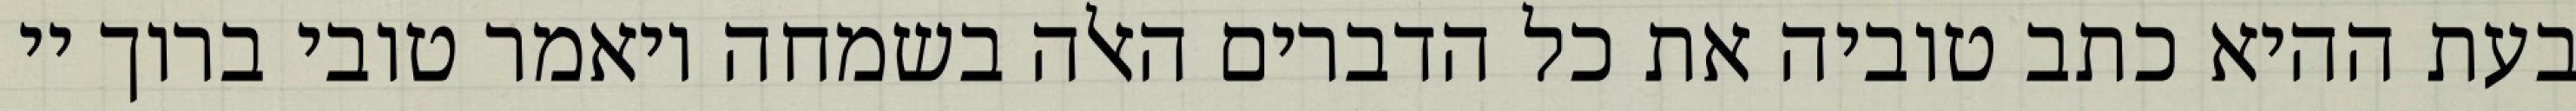
בעת ההיא כתב טוביה את כל הדברים האלה בשמחה ויאמר טובי ברוך יי